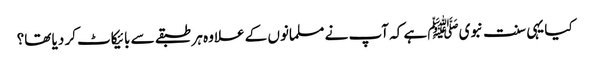
کیا یہی سنت نبویﷺ ہے کہ آپ نے مسلمانوں کے علاوہ ہر طبقے سے بائیکاٹ کر دیا تھا؟